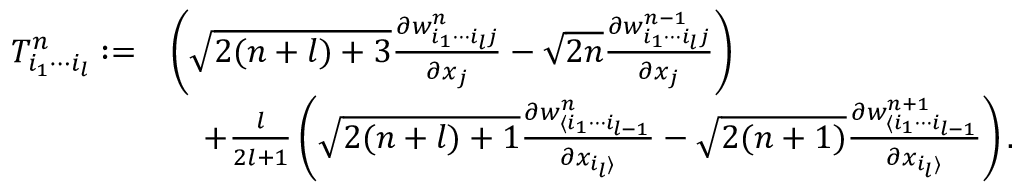
\begin{array} { r l } { T _ { i _ { 1 } \cdots i _ { l } } ^ { n } : = } & { \left( \sqrt { 2 ( n + l ) + 3 } \frac { \partial w _ { i _ { 1 } \cdots i _ { l } j } ^ { n } } { \partial x _ { j } } - \sqrt { 2 n } \frac { \partial w _ { i _ { 1 } \cdots i _ { l } j } ^ { n - 1 } } { \partial x _ { j } } \right) } \\ & { \quad + \frac { l } { 2 l + 1 } \left( \sqrt { 2 ( n + l ) + 1 } \frac { \partial w _ { \langle i _ { 1 } \cdots i _ { l - 1 } } ^ { n } } { \partial x _ { i _ { l } \rangle } } - \sqrt { 2 ( n + 1 ) } \frac { \partial w _ { \langle i _ { 1 } \cdots i _ { l - 1 } } ^ { n + 1 } } { \partial x _ { i _ { l } \rangle } } \right) . } \end{array}